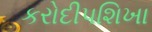
કરોદીપશિખા